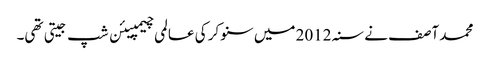
محمد آصف نے سنہ 2012 میں سنوکر کی عالمی چیمپیئن شپ جیتی تھی۔